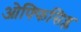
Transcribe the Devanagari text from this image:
ओफ्फिसिय्ल